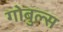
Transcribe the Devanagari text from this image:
गोबुल्स